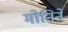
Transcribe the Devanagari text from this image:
मोनिने